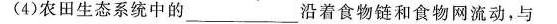
(4)农田生态系统中的___沿着食物链和食物网流动，与